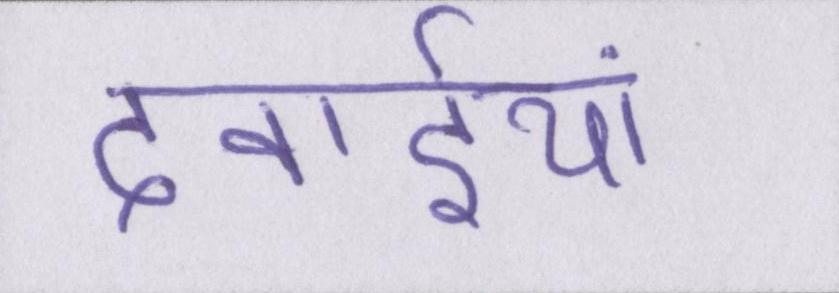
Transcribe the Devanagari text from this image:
दवाईयां